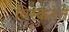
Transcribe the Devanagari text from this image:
विस्कटते